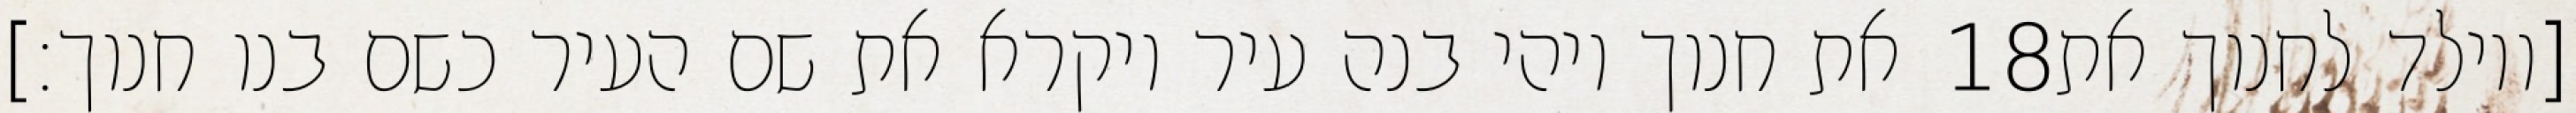
את חנוך ויהי בנה עיר ויקרא את שם העיר כשם בנו חנוך׃] ‎18‏ [ויולד לחנוך את